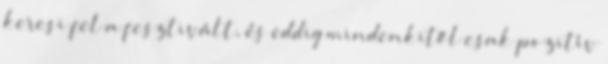
keresi fel a fesztivált, és eddig mindenkitől csak pozitív